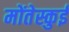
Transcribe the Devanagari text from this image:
मोंतेस्कुई